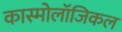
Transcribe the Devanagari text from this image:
कास्मोलॉजिकल